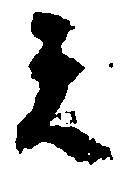
者